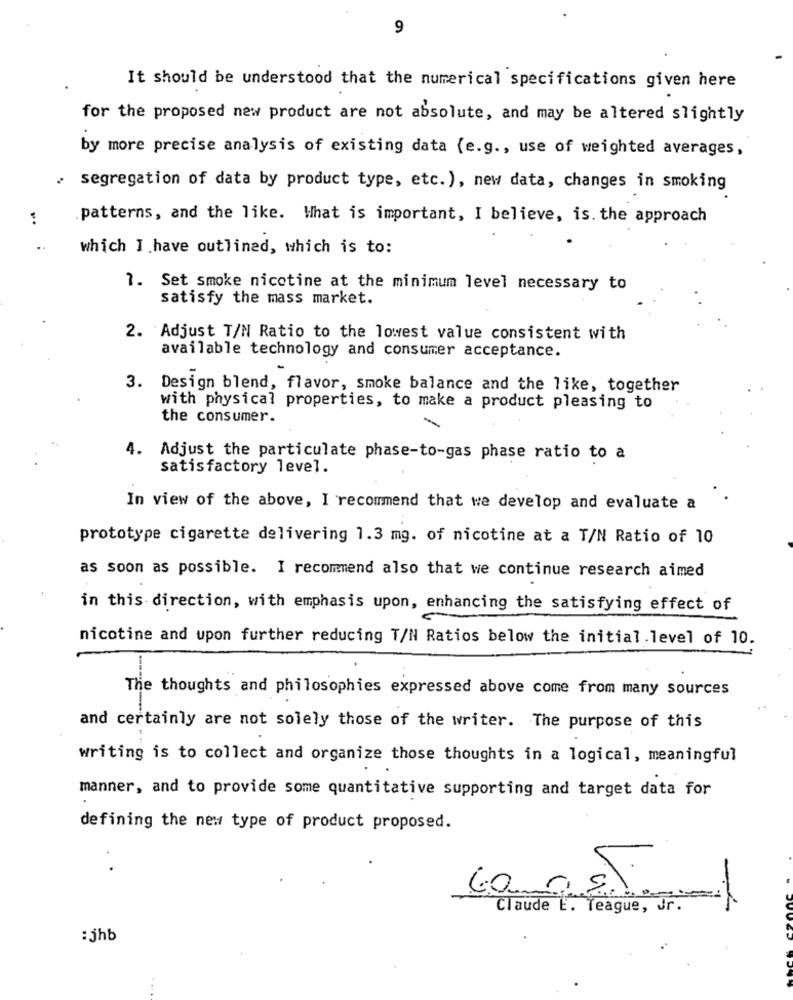
9
It should be understood that the numerical specifications given here
for the proposed new product are not absolute, and may be altered slightly
by more precise analysis of existing data (e.g ., use of weighted averages,
. segregation of data by product type, etc.), new data, changes in smoking
.patterns, and the like. What is important, I believe, is. the approach
..
which I have outlined, which is to:
7. Set smoke nicotine at the minimum level necessary to
satisfy the mass market.
2. Adjust T/N Ratio to the lowest value consistent with
available technology and consumer acceptance.
3. Design blend, flavor, smoke balance and the like, together
with physical properties, to make a product pleasing to
the consumer.
4. Adjust the particulate phase-to-gas phase ratio to a
satisfactory level.
In view of the above, I recommend that we develop and evaluate a
prototype cigarette delivering 1.3 mg. of nicotine at a T/N Ratio of 10
as soon as possible. I recommend also that we continue research aimed
in this direction, with emphasis upon, enhancing the satisfying effect of
nicotine and upon further reducing T/N Ratios below the initial.level of 10.
The thoughts and philosophies expressed above come from many sources
-
and certainly are not solely those of the writer. The purpose of this
writing is to collect and organize those thoughts in a logical, meaningful
manner, and to provide some quantitative supporting and target data for
defining the new type of product proposed.
. .
COME.
=
Claude E. Teague, Jr.
-
: jhb